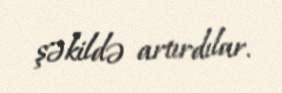
şəkildə artırdılar.